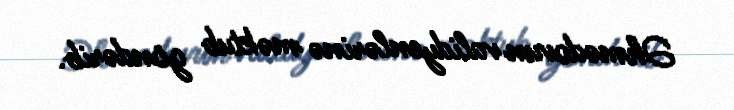
Əhmədovun validyenlərinə məktub göndərib.